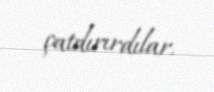
çatdırırdılar.